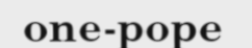
one-pope